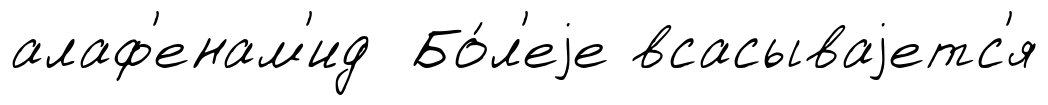
алаф'енам'ид Бо́л'еjе всасываjетс'я